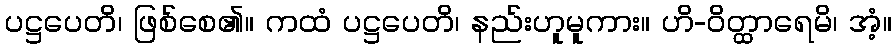
ပဋ္ဌပေတိ၊ ဖြစ်စေ၏။ ကထံ ပဋ္ဌပေတိ၊ နည်းဟူမူကား။ ဟိ-ဝိတ္ထာရေမိ၊ အံ့။